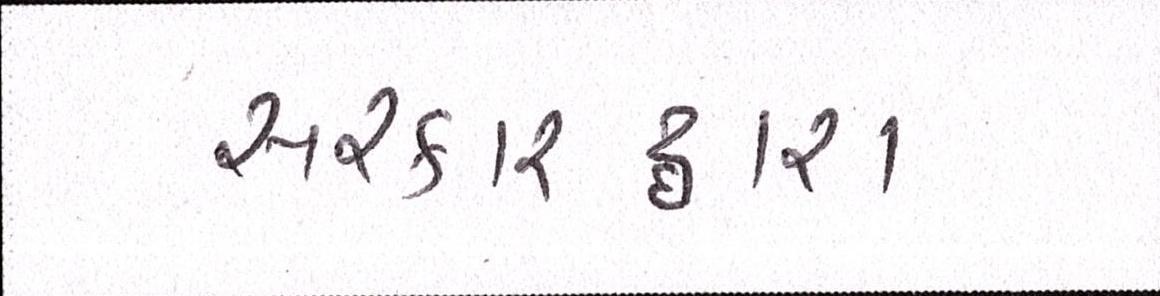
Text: સરકારદ્વારા